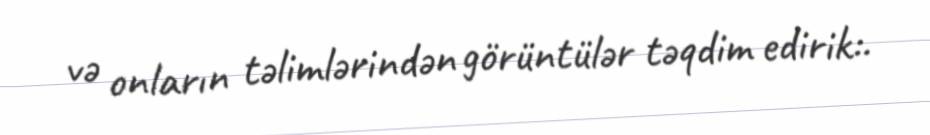
və onların təlimlərindən görüntülər təqdim edirik:.